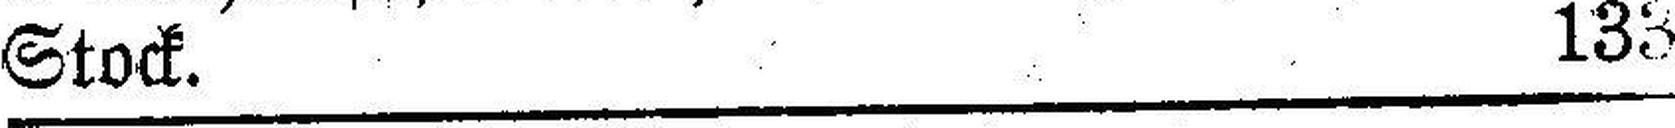
Stock. 133